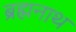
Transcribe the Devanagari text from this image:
ब्रह्मनाथ